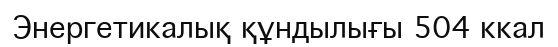
Энергетикалық құндылығы 504 ккал